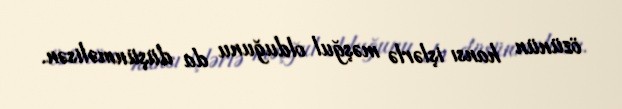
özünün hansı işlərlə məşğul olduğunu da düşünməlisən.